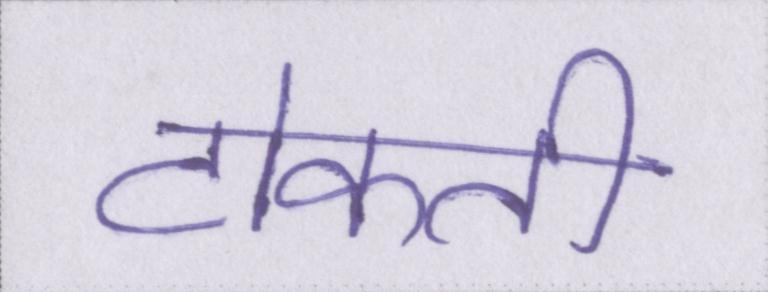
टोकती